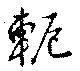
軛